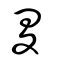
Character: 畟